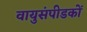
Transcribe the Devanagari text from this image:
वायुसंपीडकों